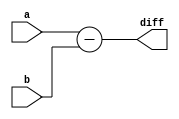
module subtractor (
    input [19:0] a,
    input [19:0] b,
    output [19:0] diff
);
    assign diff = a - b;
endmodule